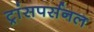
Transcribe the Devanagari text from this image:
ट्रांसपर्सनल